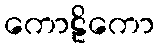
ကောဠိကော